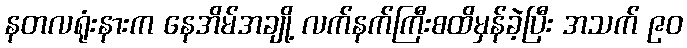
နတလရုံးနားက နေအိမ်အချို့ လက်နက်ကြီးစထိမှန်ခဲ့ပြီး အသက် ၉၀